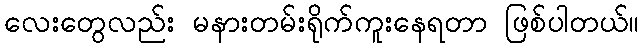
လေးတွေလည်း မနားတမ်းရိုက်ကူးနေရတာ ဖြစ်ပါတယ်။